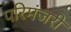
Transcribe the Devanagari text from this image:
परिमंजरी